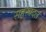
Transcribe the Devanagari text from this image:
सहस्त्रदल